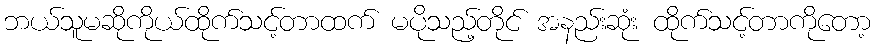
ဘယ်သူမဆိုကိုယ်ထိုက်သင့်တာထက် မပိုသည့်တိုင် အနည်းဆုံး ထိုက်သင့်တာကိုတော့